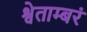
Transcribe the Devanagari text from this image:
श्वेताम्बरं